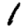
Digit: 1